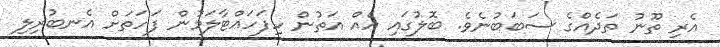
އެރި ތޫނު ތަދެއްގެ ސަބަބުނެވެ. ބޮލުގައި އެއް އަތުން ހިފަހައްޓާލަމުން ފަހަތަށް އެނބުރިލި